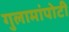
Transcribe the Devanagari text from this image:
गुलामांपोटी